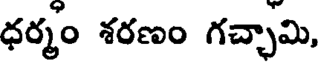
ధర్మం శరణం గచ్చామి,